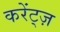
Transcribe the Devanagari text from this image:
करेंट्ज़